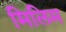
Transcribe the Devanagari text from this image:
मिलिम